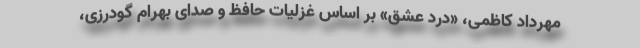
مهرداد کاظمی، «درد عشق» بر اساس غزلیات حافظ و صدای بهرام گودرزی،